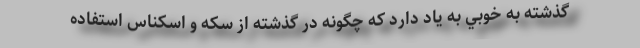
گذشته به خوبي به ياد دارد كه چگونه در گذشته از سكه و اسكناس استفاده